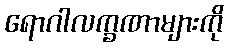
ရောဂါလက္ခဏာများကို